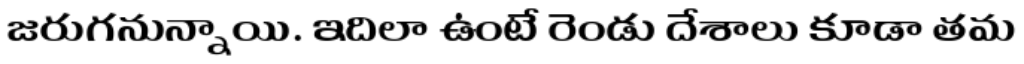
జరుగనున్నాయి. ఇదిలా ఉంటే రెండు దేశాలు కూడా తమ